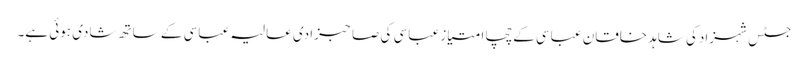
جسٹس شہزادکی شاہد خاقان عباسی کے چچا امتیاز عباسی کی صاحبزادی عالیہ عباسی کے ساتھ شادی ہوئی ہے۔